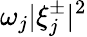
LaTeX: \omega_{j}|\xi_{j}^{\pm}|^{2}